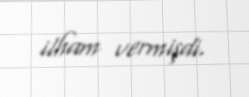
ilham vermişdi.